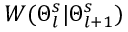
W ( \Theta _ { l } ^ { s } | \Theta _ { l + 1 } ^ { s } )